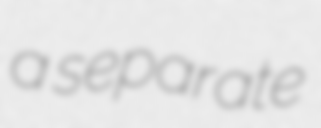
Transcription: a separate